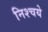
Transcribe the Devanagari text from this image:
निश्चये